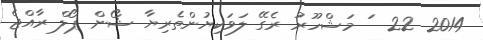
2014 22  ަ މަޝްހޫރު ރެގޭ ލަވަކިޔުންތެރިޔާ ޝޯން ޕޯލް ރާއްޖެ